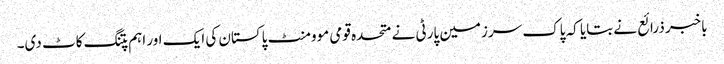
باخبر ذرائع نے بتایا کہ پاک سرزمین پارٹی نے متحدہ قومی موومنٹ پاکستان کی ایک اور اہم پتنگ کاٹ دی۔